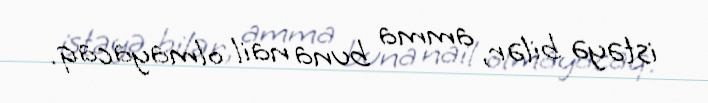
istəyə bilər, amma buna nail olmayacaq.